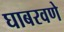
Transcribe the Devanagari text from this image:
घाबरवणे